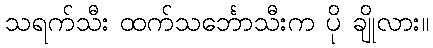
သရက်သီး ထက်သင်္ဘောသီးက ပို ချိုလား။